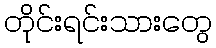
တိုင်းရင်းသားတွေ